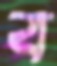
ব